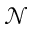
\mathcal { N }